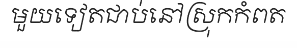
មួយទៀតជាប់នៅស្រុកកំពត